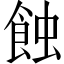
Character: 蝕